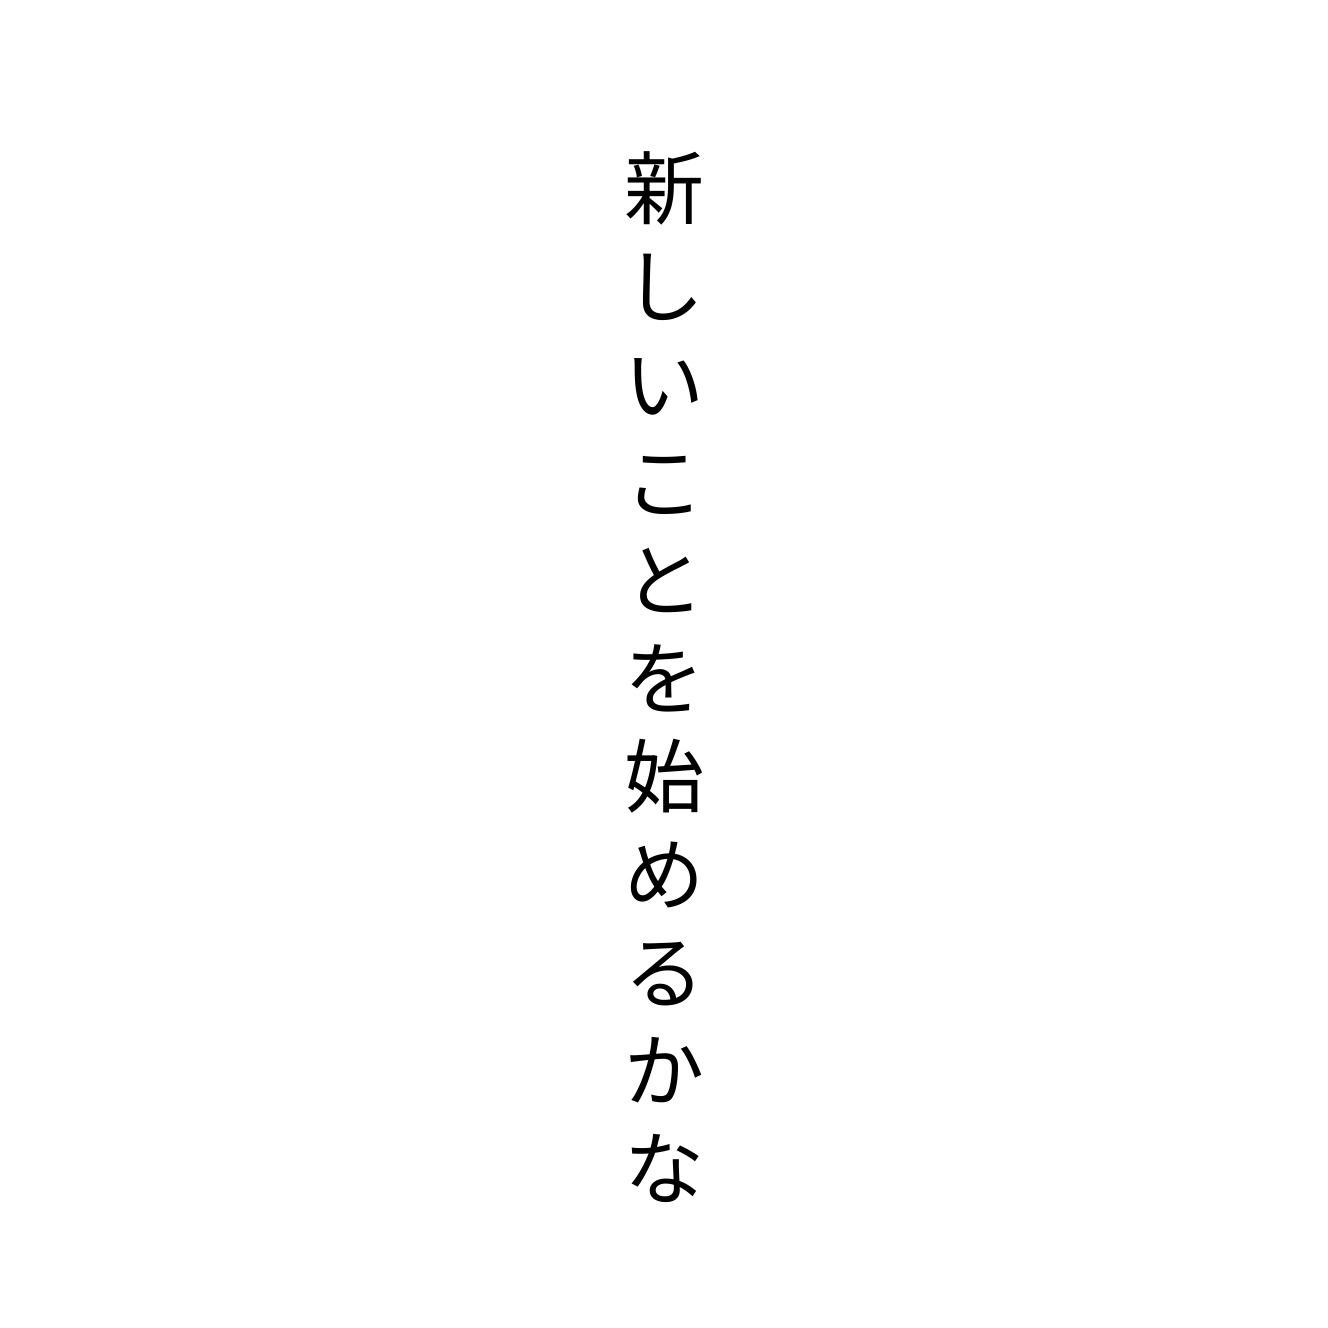
新しいことを始めるかな